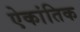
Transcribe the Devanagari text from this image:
ऐकांतिक